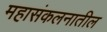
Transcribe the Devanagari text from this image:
महासंकलनातील